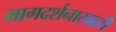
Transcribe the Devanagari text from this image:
मागदर्शनाखाली